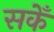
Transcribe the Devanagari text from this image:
सकेँ